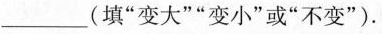
___(填”变大””变小”或”不变”)。